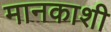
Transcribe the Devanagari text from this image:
मानकाशी